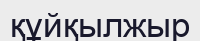
құйқылжыр